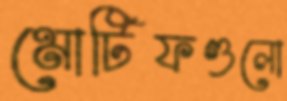
মোটিফগুলো